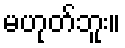
မဟုတ်ဘူး။